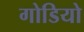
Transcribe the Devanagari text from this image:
गोडियो